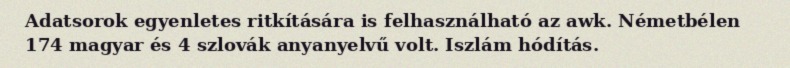
Adatsorok egyenletes ritkítására is felhasználható az awk. Németbélen 174 magyar és 4 szlovák anyanyelvű volt. Iszlám hódítás.